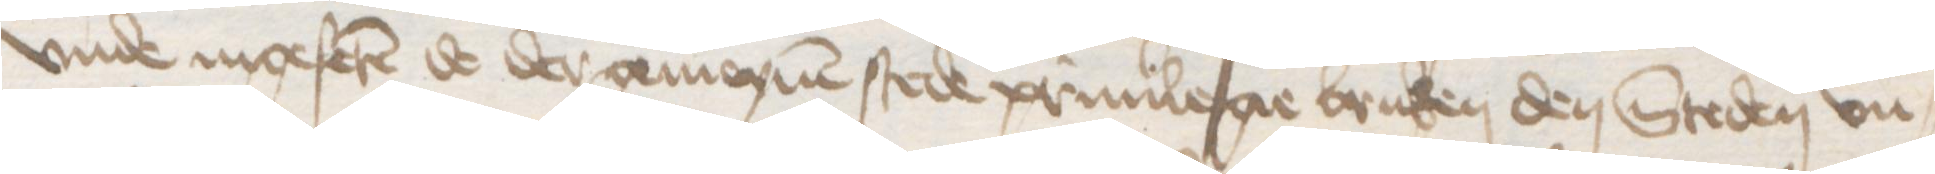
vnde ingeferen de der gemeynen stede priuilegie bruken den Steden vn¬